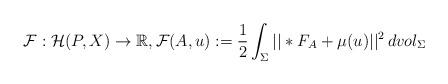
LaTeX: \begin{align*} \mathcal{F}: \mathcal{H}(P,X) \rightarrow \mathbb{R}, \mathcal{F}(A,u) := \frac{1}{2}\int_{\Sigma} ||*F_A + \mu(u)||^2 \, dvol_{\Sigma} \end{align*}